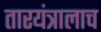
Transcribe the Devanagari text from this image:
तारयंत्रालाच